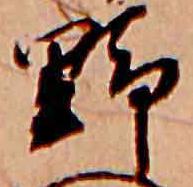
野